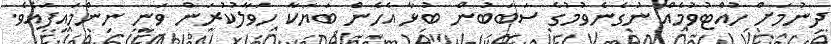
ދިނުމަށް ހުއްޓުވުމެއް ނުގެނެވުމުގެ ސަބަބުން ބުޅާ އެހެން ބަޔަކާ ހަވާލުކުރަން ވަނީ ނިންމައިފައެވެ.